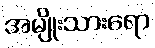
အမျိုးသားရော